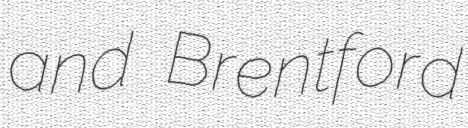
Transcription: and Brentford